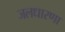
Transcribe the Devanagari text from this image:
जलधारणा